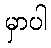
မှာပါ